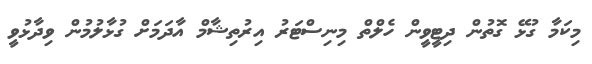
މިކަމާ ގުޅޭ ގޮތުން ދިޓީވީން ހެލްތް މިނިސްޓަރު އިރުތިޝާމް އާދަމަށް ގުޅާލުމުން ވިދާޅުވީ